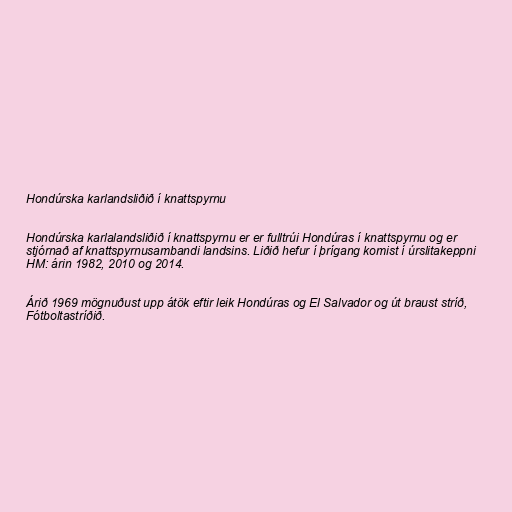
Hondúrska karlandsliðið í knattspyrnu

Hondúrska karlalandsliðið í knattspyrnu er er fulltrúi Hondúras í knattspyrnu og er
stjórnað af knattspyrnusambandi landsins. Liðið hefur í þrígang komist í úrslitakeppni
HM: árin 1982, 2010 og 2014.

Árið 1969 mögnuðust upp átök eftir leik Hondúras og El Salvador og út braust stríð,
Fótboltastríðið.